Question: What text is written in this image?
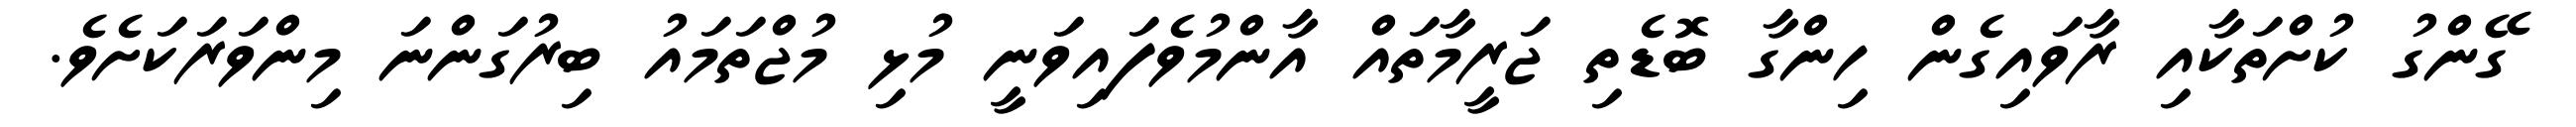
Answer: ގޭންގު ކުށްތަކާއި ރާވައިގެން ހިންގާ ބޮޑެތި ޖަރީމާތައް އާންމުވެފައިވަނީ މުޅި މުޖްތަމައު ބިރުގަންނަ މިންވަރަކަށެވެ.